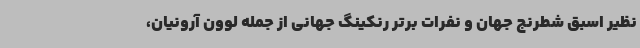
نظیر اسبق شطرنج جهان و نفرات برتر رنکینگ جهانی از جمله لوون آرونیان،